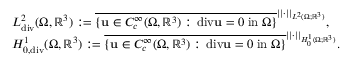
\begin{array} { r l } & { L _ { \mathrm { d i v } } ^ { 2 } ( \Omega , \mathbb { R } ^ { 3 } ) : = \overline { { \{ \mathbf { u } \in C _ { c } ^ { \infty } ( \Omega , \mathbb { R } ^ { 3 } ) : \, \mathrm { d i v } \mathbf { u } = 0 \; \mathrm { i n } \; \Omega \} } } ^ { | | \cdot | | _ { L ^ { 2 } ( \Omega ; \mathbb { R } ^ { 3 } ) } } , } \\ & { H _ { 0 , \mathrm { d i v } } ^ { 1 } ( \Omega , \mathbb { R } ^ { 3 } ) : = \overline { { \{ \mathbf { u } \in C _ { c } ^ { \infty } ( \Omega , \mathbb { R } ^ { 3 } ) : \, \mathrm { d i v } \mathbf { u } = 0 \; \mathrm { i n } \; \Omega \} } } ^ { | | \cdot | | _ { H _ { 0 } ^ { 1 } ( \Omega ; \mathbb { R } ^ { 3 } ) } } . } \end{array}